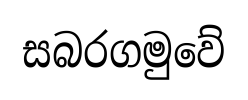
සබරගමුවේ